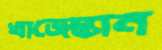
খাজেস্তান